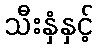
သီးနှံနှင့်